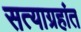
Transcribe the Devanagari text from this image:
सत्याग्रहांत